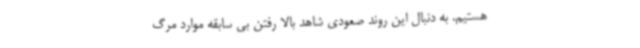
هستیم. به دنبال این روند صعودی شاهد بالا رفتن بی سابقه‌ موارد مرگ